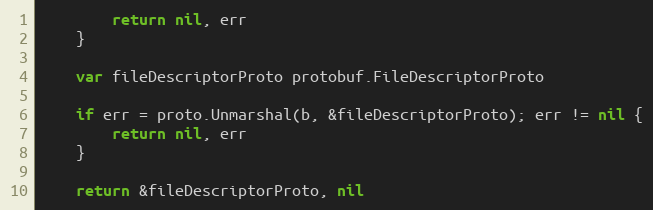
Language: Go
		return nil, err
	}

	var fileDescriptorProto protobuf.FileDescriptorProto

	if err = proto.Unmarshal(b, &fileDescriptorProto); err != nil {
		return nil, err
	}

	return &fileDescriptorProto, nil